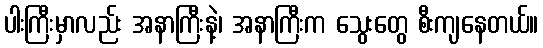
ပါးကြီးမှာလည်း အနာကြီးနဲ့၊ အနာကြီးက သွေးတွေ စီးကျနေတယ်။